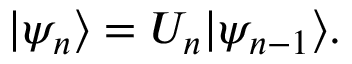
\begin{array} { r } { | \psi _ { n } \rangle = U _ { n } | \psi _ { n - 1 } \rangle . } \end{array}